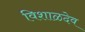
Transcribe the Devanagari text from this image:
विशाळदेव